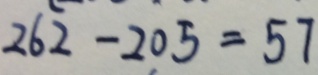
2 6 2 - 2 0 5 = 5 7